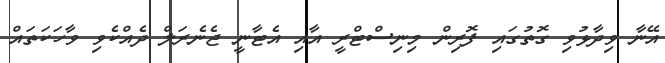
އޭނާ ވިދާޅުވި ގޮތުގައި ފޮރިން މިނިސްޓްރީ އާއި އެޓާނީ ޖެނެރަލް ދެއްކެވި ވާހަކަތައް